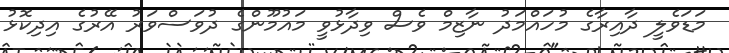
މަޑަވެލީ ދާއިރާގެ މުހައްމަދު ނާޒިމް ވެސް ވިދާޅުވީ މައުމޫންގެ ދުވަސްވަރު އޭރުގެ އިދިކޮޅު